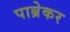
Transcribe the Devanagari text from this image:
पाब्रेकर